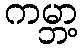
ကမ္ဘာ့